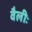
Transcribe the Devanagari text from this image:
वैलीः